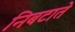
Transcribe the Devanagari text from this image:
निबटाते